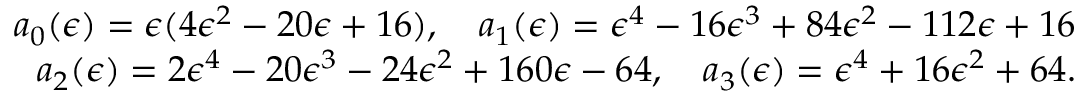
\begin{array} { r } { a _ { 0 } ( \epsilon ) = \epsilon ( 4 \epsilon ^ { 2 } - 2 0 \epsilon + 1 6 ) , \quad a _ { 1 } ( \epsilon ) = \epsilon ^ { 4 } - 1 6 \epsilon ^ { 3 } + 8 4 \epsilon ^ { 2 } - 1 1 2 \epsilon + 1 6 } \\ { a _ { 2 } ( \epsilon ) = 2 \epsilon ^ { 4 } - 2 0 \epsilon ^ { 3 } - 2 4 \epsilon ^ { 2 } + 1 6 0 \epsilon - 6 4 , \quad a _ { 3 } ( \epsilon ) = \epsilon ^ { 4 } + 1 6 \epsilon ^ { 2 } + 6 4 . } \end{array}